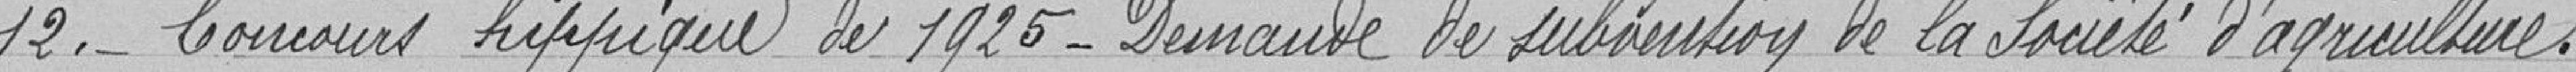
12. Concours hippique de 1925 - Demande de subvention de la Société d'agriculture.